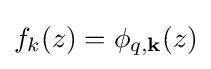
f_{k}(z)=\phi _{q,\mathbf {k} }(z)